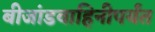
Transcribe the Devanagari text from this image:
बीजांडवाहिनीपर्यंत